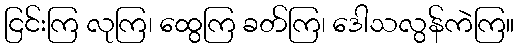
ငြင်းကြ လုကြ၊ ထွေကြ ခတ်ကြ၊ ဒေါသလွန်ကဲကြ။